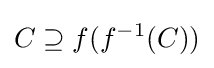
C\supseteq f(f^{-1}(C))